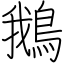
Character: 鵝